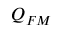
Q _ { F M }